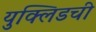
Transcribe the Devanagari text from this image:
युक्लिडची